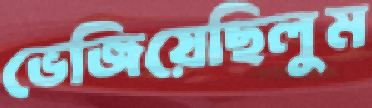
ভেজিয়েছিলুম